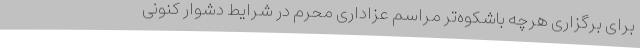
برای برگزاری هرچه باشکوه‌تر مراسم عزاداری محرم در شرایط دشوار کنونی